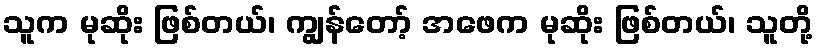
သူက မုဆိုး ဖြစ်တယ်၊ ကျွန်တော့် အဖေက မုဆိုး ဖြစ်တယ်၊ သူတို့